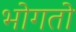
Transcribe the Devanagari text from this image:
भोगतो